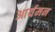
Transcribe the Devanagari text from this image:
आर्यमन